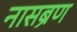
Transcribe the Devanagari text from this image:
नासब्रण